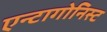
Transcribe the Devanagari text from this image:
एन्टागोनिस्ट